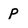
Character: p